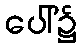
ပေါ်၌